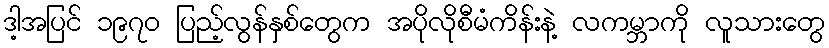
ဒါ့အပြင် ၁၉၇၀ ပြည့်လွန်နှစ်တွေက အပိုလိုစီမံကိန်းနဲ့ လကမ္ဘာကို လူသားတွေ